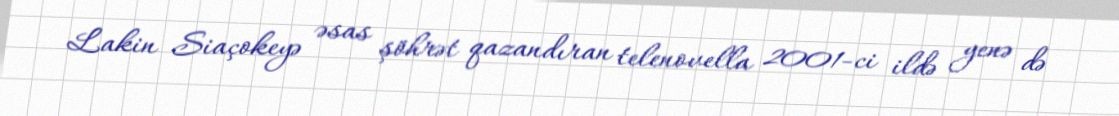
Lakin Siaçokeyə əsas şöhrət qazandıran telenovella 2001-ci ildə yenə də